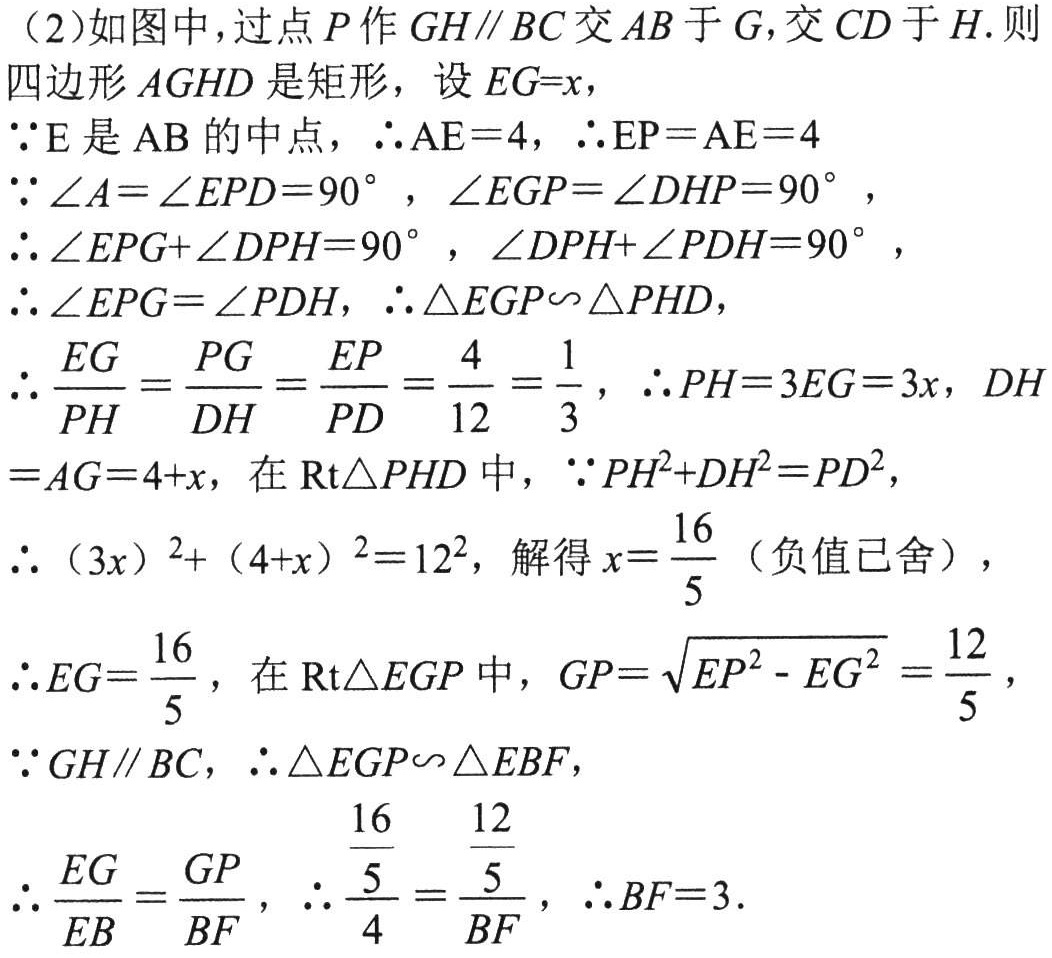
（2）如图中，过点\(P\)作\(GH\parallel BC\)交\(AB\)于\(G\)，交\(CD\)于\(H\). 则四边形\(AGHD\)是矩形，设\(EG = x\)，

\(\because E\)是\(AB\)的中点，\(\therefore AE = 4\)，\(\therefore EP=AE = 4\)

\(\because\angle A=\angle EPD = 90^{\circ}\)，\(\angle EGP=\angle DHP = 90^{\circ}\)，

\(\therefore\angle EPG+\angle DPH = 90^{\circ}\)，\(\angle DPH+\angle PDH = 90^{\circ}\)，

\(\therefore\angle EPG=\angle PDH\)，\(\therefore\triangle EGP\sim\triangle PHD\)，

\(\therefore\frac{EG}{PH}=\frac{PG}{DH}=\frac{EP}{PD}=\frac{4}{12}=\frac{1}{3}\)，\(\therefore PH = 3EG = 3x\)，\(DH=AG = 4 + x\)，在\(Rt\triangle PHD\)中，\(\because PH^{2}+DH^{2}=PD^{2}\)，

\(\therefore(3x)^{2}+(4 + x)^{2}=12^{2}\)，解得\(x=\frac{16}{5}\)（负值已舍），

\(\therefore EG=\frac{16}{5}\)，在\(Rt\triangle EGP\)中，\(GP=\sqrt{EP^{2}-EG^{2}}=\frac{12}{5}\)，

\(\because GH\parallel BC\)，\(\therefore\triangle EGP\sim\triangle EBF\)，

\(\therefore\frac{EG}{EB}=\frac{GP}{BF}\)，\(\therefore\frac{\frac{16}{5}}{4}=\frac{\frac{12}{5}}{BF}\)，\(\therefore BF = 3\).